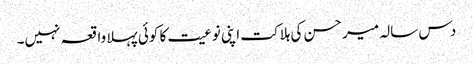
دس سالہ میر حسن کی ہلاکت اپنی نوعیت کا کوئی پہلا واقعہ نہیں۔